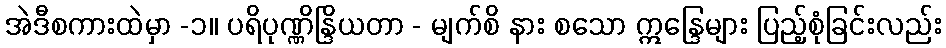
အဲဒီစကားထဲမှာ -၁။ ပရိပုဏ္ဏိန္ဒြိယတာ - မျက်စိ နား စသော ဣန္ဒြေများ ပြည့်စုံခြင်းလည်း